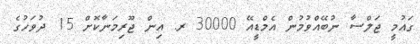
ގައުމީ ޖަލްސާ ނުބޭއްވުމުން އެމްޑީއޭ 30000 ރ. އިން ޖޫރިމަނާކޮށް 15 ދުވަހުގެ